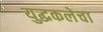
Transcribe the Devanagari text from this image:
युद्धकलेचा